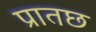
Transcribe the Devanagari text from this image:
प्रातछ